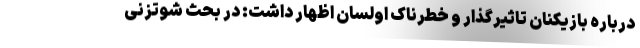
درباره بازیکنان تاثیرگذار و خطرناک اولسان اظهار داشت: در بحث شوتزنی